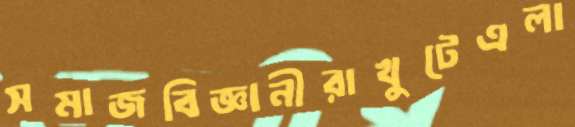
সমাজবিজ্ঞানীরাখুটেএলা